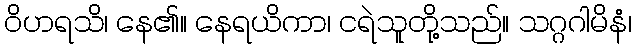
ဝိဟရသိ၊ နေ၏။ နေရယိကာ၊ ငရဲသူတို့သည်။ သဂ္ဂဂါမိနံ၊